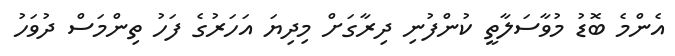
އެންމެ ބޮޑު މުވާސަލާތީ ކުންފުނި ދިރާގަށް މިދިޔަ އަހަރުގެ ފަހު ތިންމަސް ދުވަހު